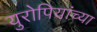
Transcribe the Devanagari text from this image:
युरोपियांच्या